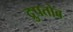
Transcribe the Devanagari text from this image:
द्रुपतोब